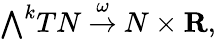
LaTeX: {\textstyle\bigwedge}^{k}TN\ {\stackrel{\omega}{\to}}\ N\times\mathbf{R},